Annual returns of the Patna Lunatic Asylum at Bankipore in Bihar and Orissa - 1912-1924
Year: 1912
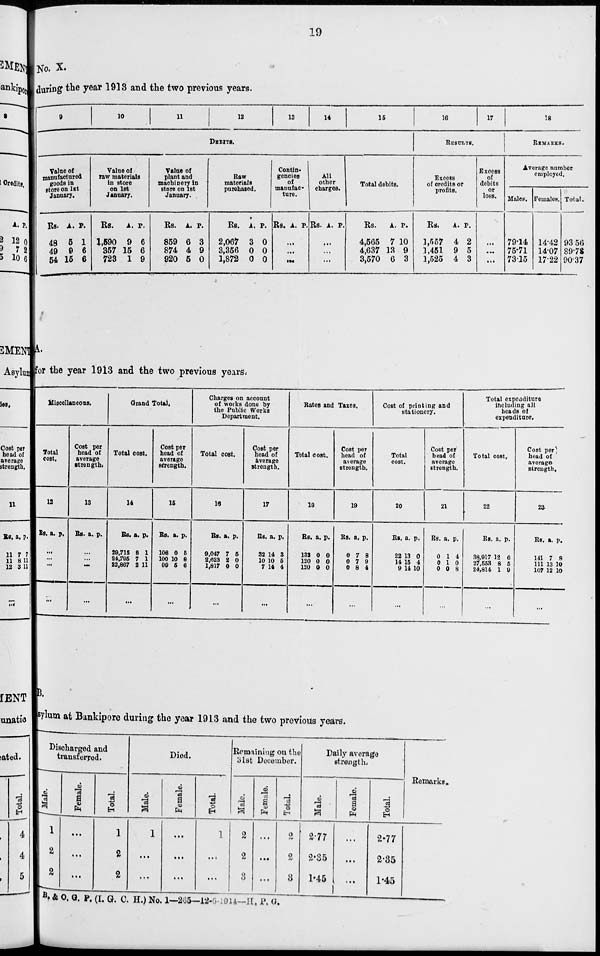
19
No. X.
during the year 1913 and the two previous years.
9
10
11
12
13
14
15
DEBITS.
Value of
manufactured
goods in
store on 1st
January.
Rs.
48
49
54
A.
5
9
15
P.
1
6
6
Value of
raw materials
in store
on 1st
January.
Rs.
1,590
357
723
A.
9
15
1
P.
6
6
9
Value of
plant and
machinery in
store on 1st
January.
Rs.
859
874
920
A.
6
4
5
P.
3
9
0
Raw
materials
purchased.
Rs.
2,067
3,356
1,872
A.
3
0
0
P.
0
0
0
Contin-
gencies
of
manufac-
ture.
Rs. A. P.
...
...
...
All
other
charges.
Rs. A. P.
...
...
...
Total debits.
Rs.
4,565
4,637
3,570
A.
7
13
6
P.
10
9
3
16
17
RESULTS.
Excess
of credits or
profits.
Rs.
1,557
1,451
1,525
A.
4
9
4
P.
2
5
3
Excess
of
debits
or
loss.
...
...
...
18
REMARKS.
Average number
employed.
Males.
79.14
75.71
73.15
Females.
14.42
14.07
17.22
Total.
93.56
89.78
90.37
A.
for the year 1913 and the two previous years.
Miscellaneous.
Total
cost.
12
Rs. a. p.
...
...
...
...
Cost per
head of
average
strength.
13
Rs. a. p.
...
...
...
...
Grand Total.
Total cost.
14
Rs.
29,715
24,795
22,867
a.
8
7
2
p.
1
1
11
...
Cost per
head of
average
strength.
15
Rs.
108
100
99
a.
0
10
5
p.
5
8
6
...
Charges on account
of works done by
the Public Works
Department.
Total cost.
16
Rs.
9,047
2,623
1,817
a.
7
2
0
p.
5
0
0
...
Cost per
head of
average
strength.
17
Rs.
32
10
7
a.
14
10
14
p.
3
5
4
...
Rates and Taxes.
Total cost.
18
Rs.
132
120
120
a.
0
0
0
p.
0
0
0
...
Cost per
head of
average
strength.
19
Rs.
0
0
0
a.
7
7
8
p.
8
9
4
...
Cost of printing and
stationery.
Total
cost.
20
Rs.
22
14
9
a.
13
15
14
p.
0
4
10
...
Cost per
head of
average
strength.
21
Rs.
0
0
0
a.
1
1
0
p.
4
0
8
...
Total expenditure
including all
heads of
expenditure.
Total cost.
22
Rs.
38,917
27,553
24,814
a.
12
8
1
p.
6
5
9
...
Cost per
head of
average
strength.
23
Rs.
141
111
107
a.
7
13
12
p.
8
10
10
...
B.
Asylum at Bankipore during the year 1913 and the two previous years.
Discharged and
transferred.
Male.
1
2
2
Female.
...
...
...
Total.
1
2
2
Died.
Male.
1
...
...
Female.
...
...
...
Total.
1
...
...
Remaining on the
31st December.
Male.
2
2
3
Female.
...
...
...
Total.
2
2
3
Daily average
strength.
Male.
2.77
2.35
1.46
Female.
...
...
...
Total.
2.77
2.35
1.45
Remarks.
B. & O. G. P. (I. G. C. H.) No. 1—265—12-6-1914 —H. P. G.